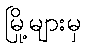
မြို့များမှ